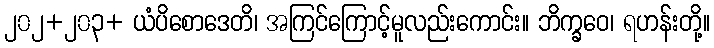
၂၀၂+၂၀၃+ ယံပိစောဒေတိ၊ အကြင်ကြောင့်မူလည်းကောင်း။ ဘိက္ခဝေ၊ ရဟန်းတို့။